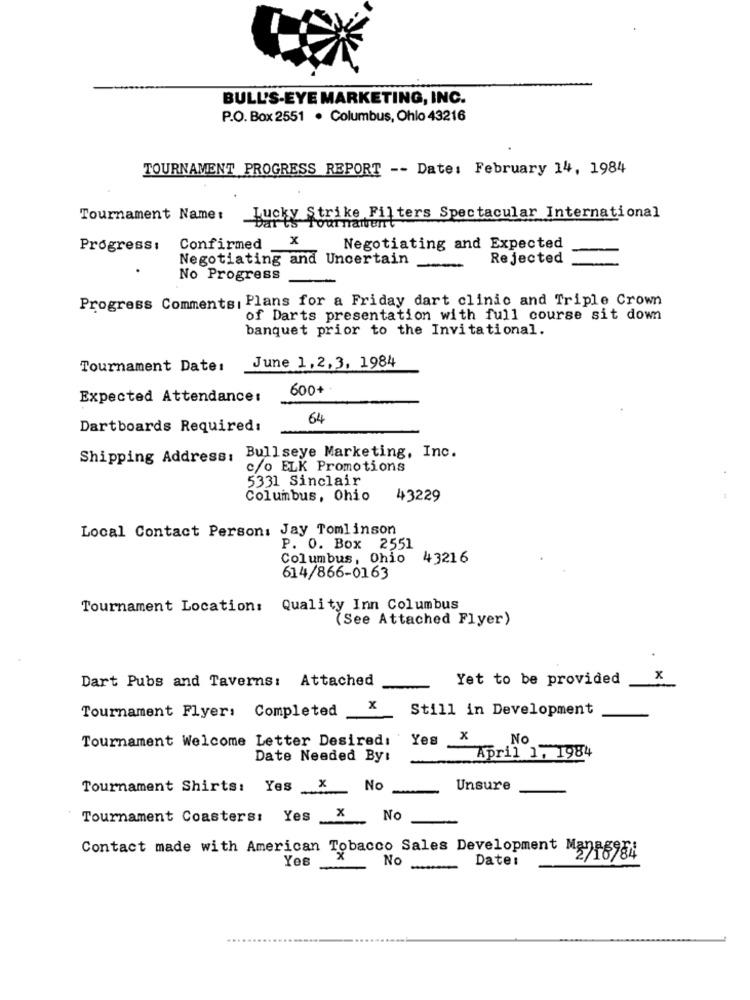
BULL'S-EYE MARKETING, INC.
P.O. Box 2551 . Columbus, Ohio 43216
TOURNAMENT PROGRESS REPORT -- Date: February 14, 1984
Tournament Name:
Strike Filters Spectacular International
x
Progress:
Confirmed
Negotiating and Expected
Negotiating and Uncertain
Rejected
-
No Progress
Progress Comments: Plans for a Friday dart clinic and Triple Crown
of Darts presentation with full course sit down
banquet prior to the Invitational.
June 1,2,3, 1984
Tournament Date:
600+
Expected Attendance:
64
Dartboards Required:
Shipping Address: Bullseye Marketing, Inc.
c/o ELK Promotions
5331 Sinclair
Columbus, Ohio
43229
Local Contact Person: Jay Tomlinson
P. O. Box 2551
Columbus, Ohio
43216
614/866-0163
Tournament Location: Quality Inn Columbus
(See Attached Flyer)
Dart Pubs and Taverns: Attached
Yet to be provided
x
x
Still in Development
Tournament Flyer: Completed
Tournament Welcome Letter Desired:
Yes
x
No
April 1, 1984
Date Needed By:
Tournament Shirts: Yes X
No
Unsure
Tournament Coasters: Yes
X No
Contact made with American Tobacco Sales Development Man &98;
Yes
No
Date:
-